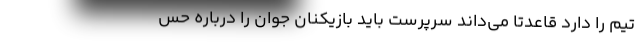
تیم را دارد قاعدتا می‌داند سرپرست باید بازیکنان جوان را درباره حس